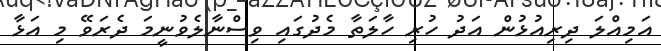
އަމިއްލަ ދިރިއުޅުން އަދު ހުރި ހާލަތާ މެދުގަައި ވިސްނާލެވުނީމަ ދެރަވޭ މި އަޅާ